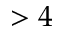
> 4